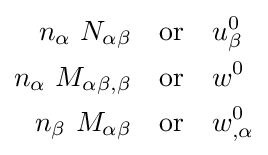
{\begin{aligned}n_{\alpha }~N_{\alpha \beta }&\quad \mathrm {or} \quad u_{\beta }^{0}\\n_{\alpha }~M_{\alpha \beta ,\beta }&\quad \mathrm {or} \quad w^{0}\\n_{\beta }~M_{\alpha \beta }&\quad \mathrm {or} \quad w_{,\alpha }^{0}\end{aligned}}